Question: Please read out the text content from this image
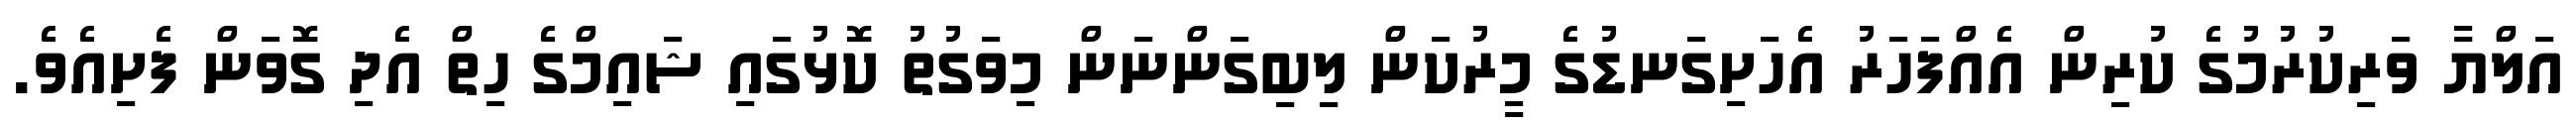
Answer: އަލްޔާ ވަރިކުރުމުގެ ކުރިން އެއްފަހަރު އެހަށިގަނޑުގެ މީރުކަން ލިބިގަންނަން މިވަގުތު ކޮޅުގައި ޝައިމްގެ ހިތް އެދި ގޮވަން ފެށިއެވެ.